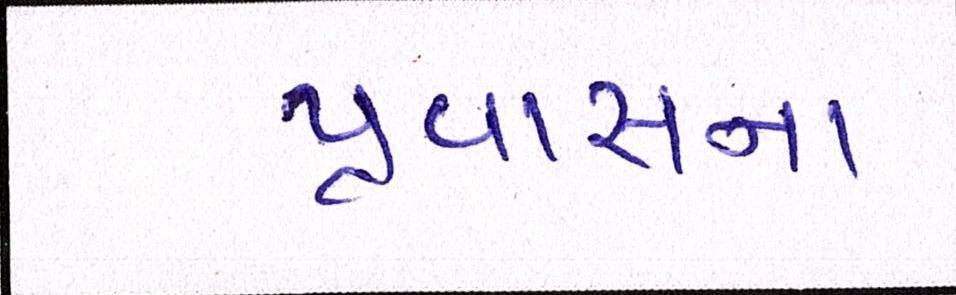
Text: પ્રવાસના